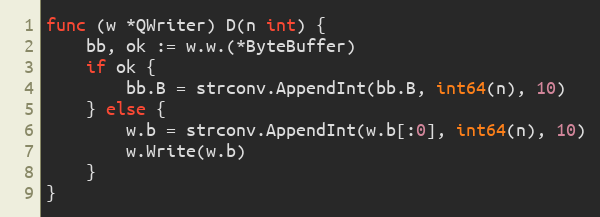
Language: Go
func (w *QWriter) D(n int) {
	bb, ok := w.w.(*ByteBuffer)
	if ok {
		bb.B = strconv.AppendInt(bb.B, int64(n), 10)
	} else {
		w.b = strconv.AppendInt(w.b[:0], int64(n), 10)
		w.Write(w.b)
	}
}